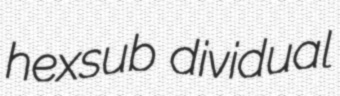
hexsub dividual